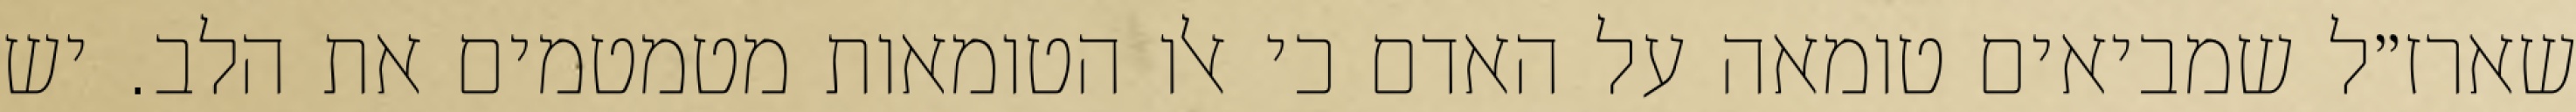
שארז״ל שמביאים טומאה על האדם כי אלו הטומאות מטמטמים את הלב. יש